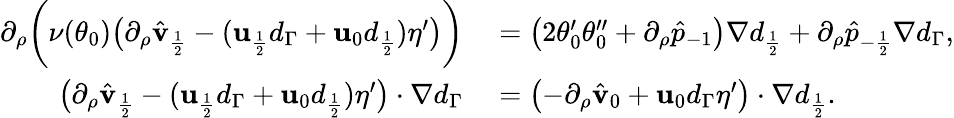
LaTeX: \begin{array}{rl}{\partial_{\rho}\bigg(\nu(\theta_{0})\big(\partial_{\rho}\hat{\mathbf{v}}_{\frac{1}{2}}-(\mathbf{u}_{\frac{1}{2}}d_{\Gamma}+\mathbf{u}_{0}d_{\frac{1}{2}})\eta^{\prime}\big)\bigg)}&{{}=\left(2\theta_{0}^{\prime}\theta_{0}^{\prime\prime}+\partial_{\rho}\hat{p}_{-1}\right)\nabla d_{\frac{1}{2}}+\partial_{\rho}\hat{p}_{-\frac{1}{2}}\nabla d_{\Gamma},}\\ {\big(\partial_{\rho}\hat{\mathbf{v}}_{\frac{1}{2}}-(\mathbf{u}_{\frac{1}{2}}d_{\Gamma}+\mathbf{u}_{0}d_{\frac{1}{2}})\eta^{\prime}\big)\cdot\nabla d_{\Gamma}}&{{}=\left(-\partial_{\rho}\hat{\mathbf{v}}_{0}+\mathbf{u}_{0}d_{\Gamma}\eta^{\prime}\right)\cdot\nabla d_{\frac{1}{2}}.}\end{array}